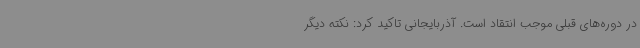
در دوره‌های قبلی موجب انتقاد است. آذربایجانی تاکید کرد: نکته دیگر